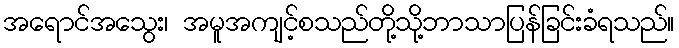
အရောင်အသွေး၊ အမူအကျင့်စသည်တို့သို့ဘာသာပြန်ခြင်းခံရသည်။